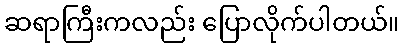
ဆရာကြီးကလည်း ပြောလိုက်ပါတယ်။